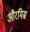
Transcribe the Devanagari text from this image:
औरमिस्र